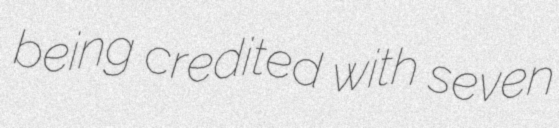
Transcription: being credited with seven